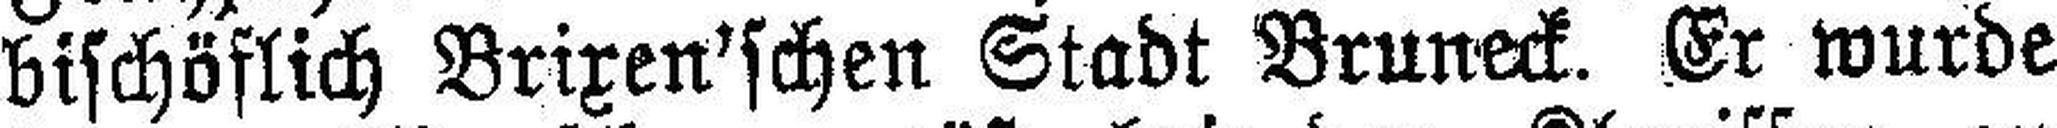
bischöflich Brixen'schen Stadt Bruneck. Er wurde